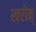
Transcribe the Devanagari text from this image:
स्वरोम्